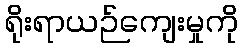
ရိုးရာယဉ်ကျေးမှုကို